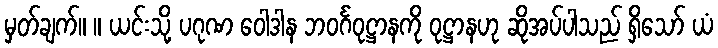
မှတ်ချက်။ ။ ယင်းသို့ ပဂုဏ ဝေါဒါန ဘဝင်္ဂဝုဋ္ဌာနကို ဝုဋ္ဌာနဟု ဆိုအပ်ပါသည် ရှိသော် ယံ